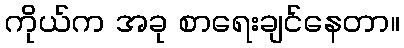
ကိုယ်က အခု စာရေးချင်နေတာ။